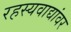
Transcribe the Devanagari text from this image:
रहस्यवाद्यांवर